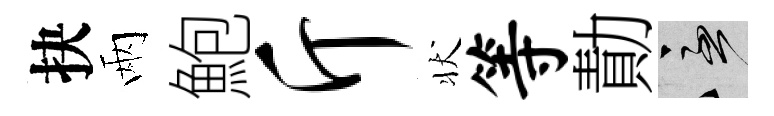
抉兩鮑斤状等勣急